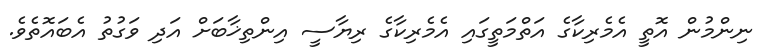
ނިންމުން އޮތީ އެމެރިކާގެ އަތްމަތީގައި އެމެރިކާގެ ރިޔާސީ އިންތިޚާބަށް އަދި ވަގުތު އެބައޮތެވެ.